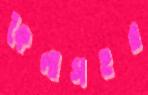
কৈলাসহর